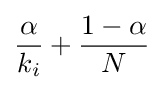
{\frac {\alpha }{k_{i}}}+{\frac {1-\alpha }{N}}